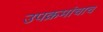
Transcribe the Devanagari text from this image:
उपक्रमांचाच